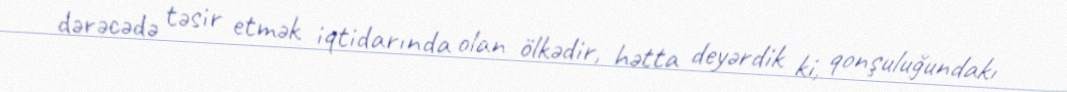
dərəcədə təsir etmək iqtidarında olan ölkədir, hətta deyərdik ki, qonşuluğundakı